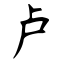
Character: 卢